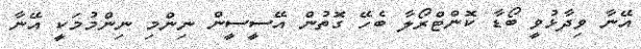
އޭނާ ވިދާޅުވީ ބޯޑާ ކޮންޓްރޯލާ ބެހޭ ގޮތުން އޭސީސީން ނިންމި ނިންމުމަކީ އޭނާ